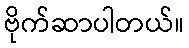
ဗိုက်ဆာပါတယ်။